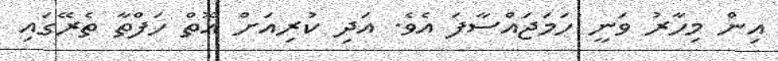
އިން މިހާރު ވަނީ ހަމަޖައްސާފަ އެވެ. އަދި ކުރިއަށް އޮތް ހަފްތާ ތެރޭގައި